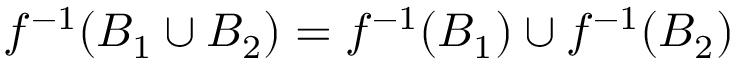
f ^ { - 1 } ( B _ { 1 } \cup B _ { 2 } ) = f ^ { - 1 } ( B _ { 1 } ) \cup f ^ { - 1 } ( B _ { 2 } )